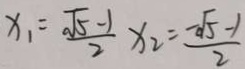
x _ { 1 } = \frac { \sqrt { 5 } - 1 } { 2 } x _ { 2 } = \frac { - \sqrt { 5 } - 1 } { 2 }